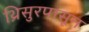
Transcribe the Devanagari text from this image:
थ्रिसुरपासून